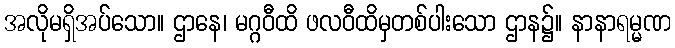
အလိုမရှိအပ်သော။ ဌာနေ၊ မဂ္ဂဝီထိ ဖလဝီထိမှတစ်ပါးသော ဌာန၌။ နာနာရမ္မဏ